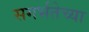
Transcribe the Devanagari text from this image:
सगर्भतेच्या